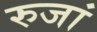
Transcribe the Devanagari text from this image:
रुजां